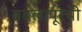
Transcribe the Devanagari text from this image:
बदलापूरची